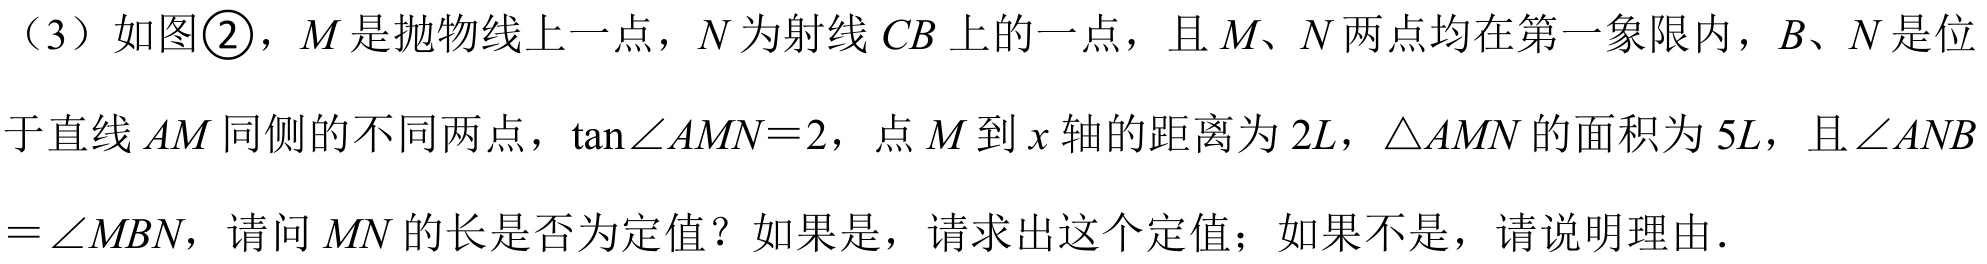
（3）如图\textcircled{2}，\(M\)是抛物线上一点，\(N\)为射线\(CB\)上的一点，且\(M、N\)两点均在第一象限内，\(B、N\)是位于直线\(AM\)同侧的不同两点，\(\tan\angle AMN = 2\)，点\(M\)到\(x\)轴的距离为\(2L\)，\(\triangle AMN\)的面积为\(5L\)，且\(\angle ANB=\angle MBN\)，请问\(MN\)的长是否为定值？如果是，请求出这个定值；如果不是，请说明理由．